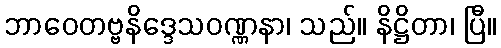
ဘာဝေတဗ္ဗနိဒ္ဒေသဝဏ္ဏနာ၊ သည်။ နိဋ္ဌိတာ၊ ပြီ။